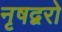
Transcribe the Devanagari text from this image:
नृषद्वरो